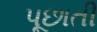
પૂછાતી